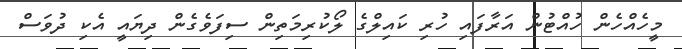
މީހެއްހެން ހުއްޓުން އަރާފައި ހުރި ކައިލްގެ ލޯކުރިމަތިން ސިފަވެގެން ދިޔައީ އެކި ދުވަސް